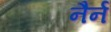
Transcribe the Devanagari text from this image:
नैर्न